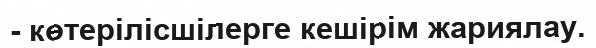
- көтерілісшілерге кешірім жариялау.